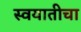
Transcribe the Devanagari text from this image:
स्वयातीचा